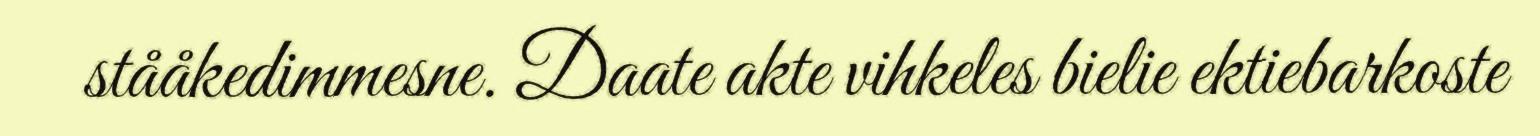
stååkedimmesne. Daate akte vihkeles bielie ektiebarkoste